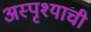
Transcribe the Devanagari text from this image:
अस्पृश्याची